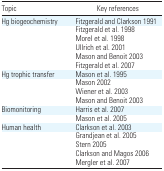
| Topic | Key references |
 | --- | --- |
 | Hg biogeochemistry | Fitzgerald and Clarkson 1991 |
 |  | Fitzgerald et al. 1998 |
 |  | Morel et al. 1998 |
 |  | Ullrich et al. 2001 |
 |  | Mason and Benoit 2003 |
 |  | Fitzgerald et al. 2007 |
 | Hg trophic transfer | Mason et al. 1995 |
 |  | Mason 2002 |
 |  | Wiener et al. 2003 |
 |  | Mason and Benoit 2003 |
 | Biomonitoring | Harris et al. 2007 |
 |  | Mason et al. 2005 |
 | Human health | Clarkson et al. 2003 |
 |  | Grandjean et al. 2005 |
 |  | Stern 2005 |
 |  | Clarkson and Magos 2006 |
 |  | Mergler et al. 2007 |